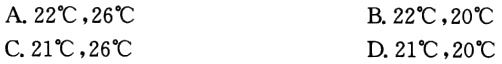
A. \(22^{\circ}C,26^{\circ}C\)
B. \(22^{\circ}C,20^{\circ}C\)
C. \(21^{\circ}C,26^{\circ}C\)
D. \(21^{\circ}C,20^{\circ}C\)